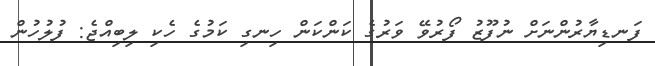
ފަނޑިޔާރުންނަށް ނުފޫޒު ފޯރުވޭ ވަރުގެ ކަންކަން ހިނގި ކަމުގެ ހެކި ލިބިއްޖެ: ފުލުހުން